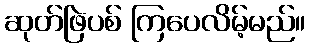
ဆုတ်ဖြဲပစ် ကြပေလိမ့်မည်။